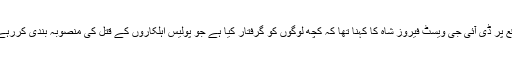
اس موقع پر ڈی آئی جی ویسٹ فیروز شاہ کا کہنا تھا کہ کچھ لوگوں کو گرفتار کیا ہے جو پولیس اہلکاروں کے قتل کی منصوبہ بندی کررہے تھے۔